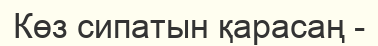
Көз сипатын қарасаң -